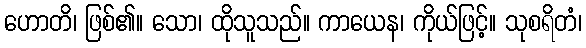
ဟောတိ၊ ဖြစ်၏။ သော၊ ထိုသူသည်။ ကာယေန၊ ကိုယ်ဖြင့်။ သုစရိတံ၊